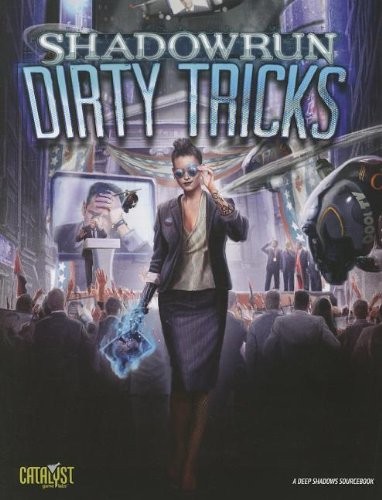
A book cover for Shadowrun Dirty Tricks (Shadowrun (Catalyst)); Adam Bruno; Science Fiction & Fantasy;